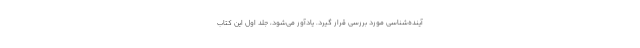
آینده‌شناسی مورد بررسی قرار گیرد. یادآور می‌شود، جلد اول این کتاب